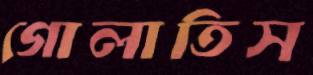
গোলাতিস